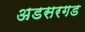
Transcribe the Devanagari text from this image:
अडसरगड